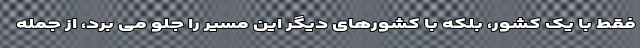
فقط با یک کشور، بلکه با کشورهای دیگر این مسیر را جلو می برد، از جمله